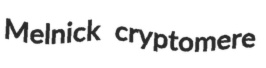
Melnick cryptomere